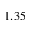
1 . 3 5